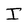
Character: I